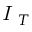
\textit { I } _ { T }